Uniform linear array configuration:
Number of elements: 16
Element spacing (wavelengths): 1
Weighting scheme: hann
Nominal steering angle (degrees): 15
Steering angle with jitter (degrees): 14.978
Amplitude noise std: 0.05
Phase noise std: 0.05

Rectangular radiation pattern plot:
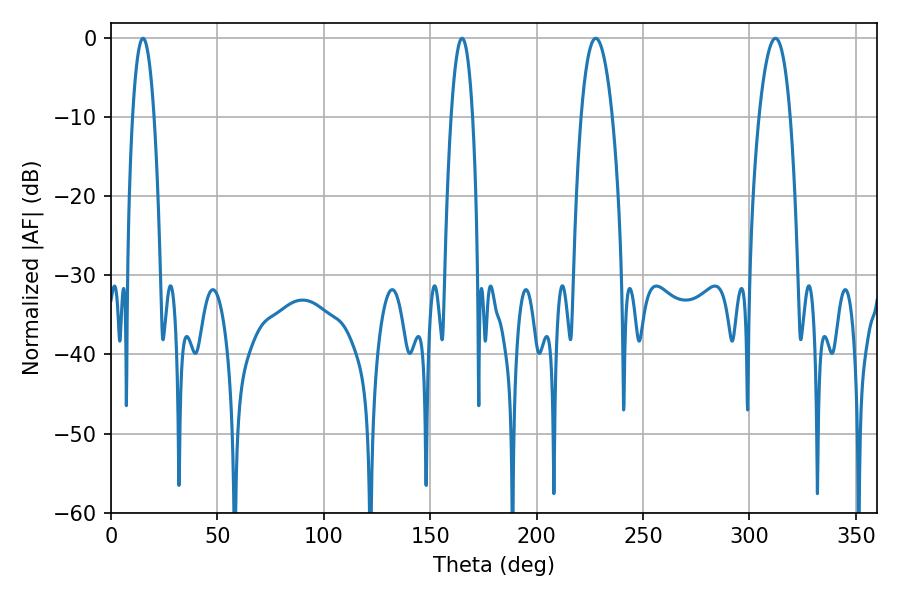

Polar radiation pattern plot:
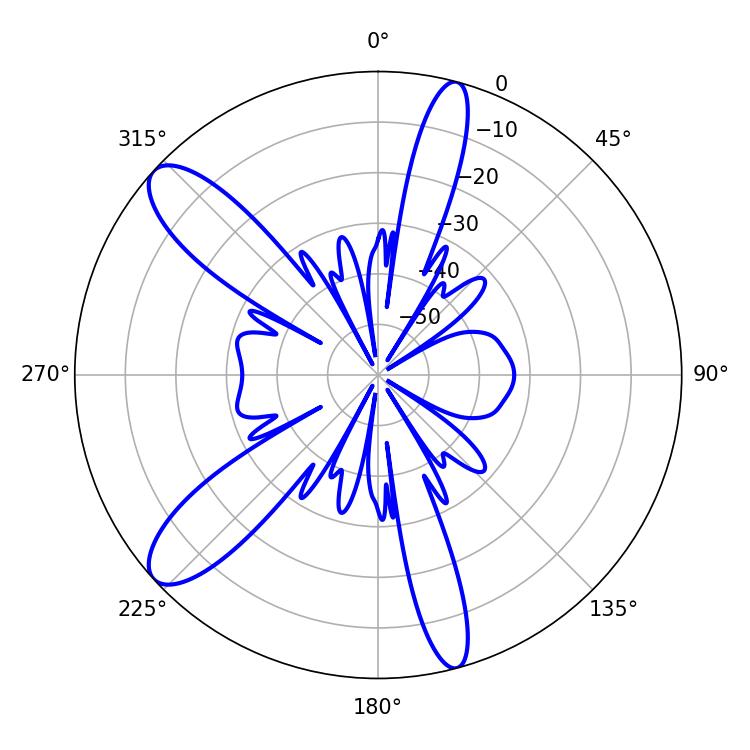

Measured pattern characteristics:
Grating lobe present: TRUE
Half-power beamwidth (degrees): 8.1
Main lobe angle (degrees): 227.7